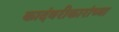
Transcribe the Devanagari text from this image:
कादंबरीकारांच्या